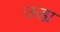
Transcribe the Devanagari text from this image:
ऊह्य